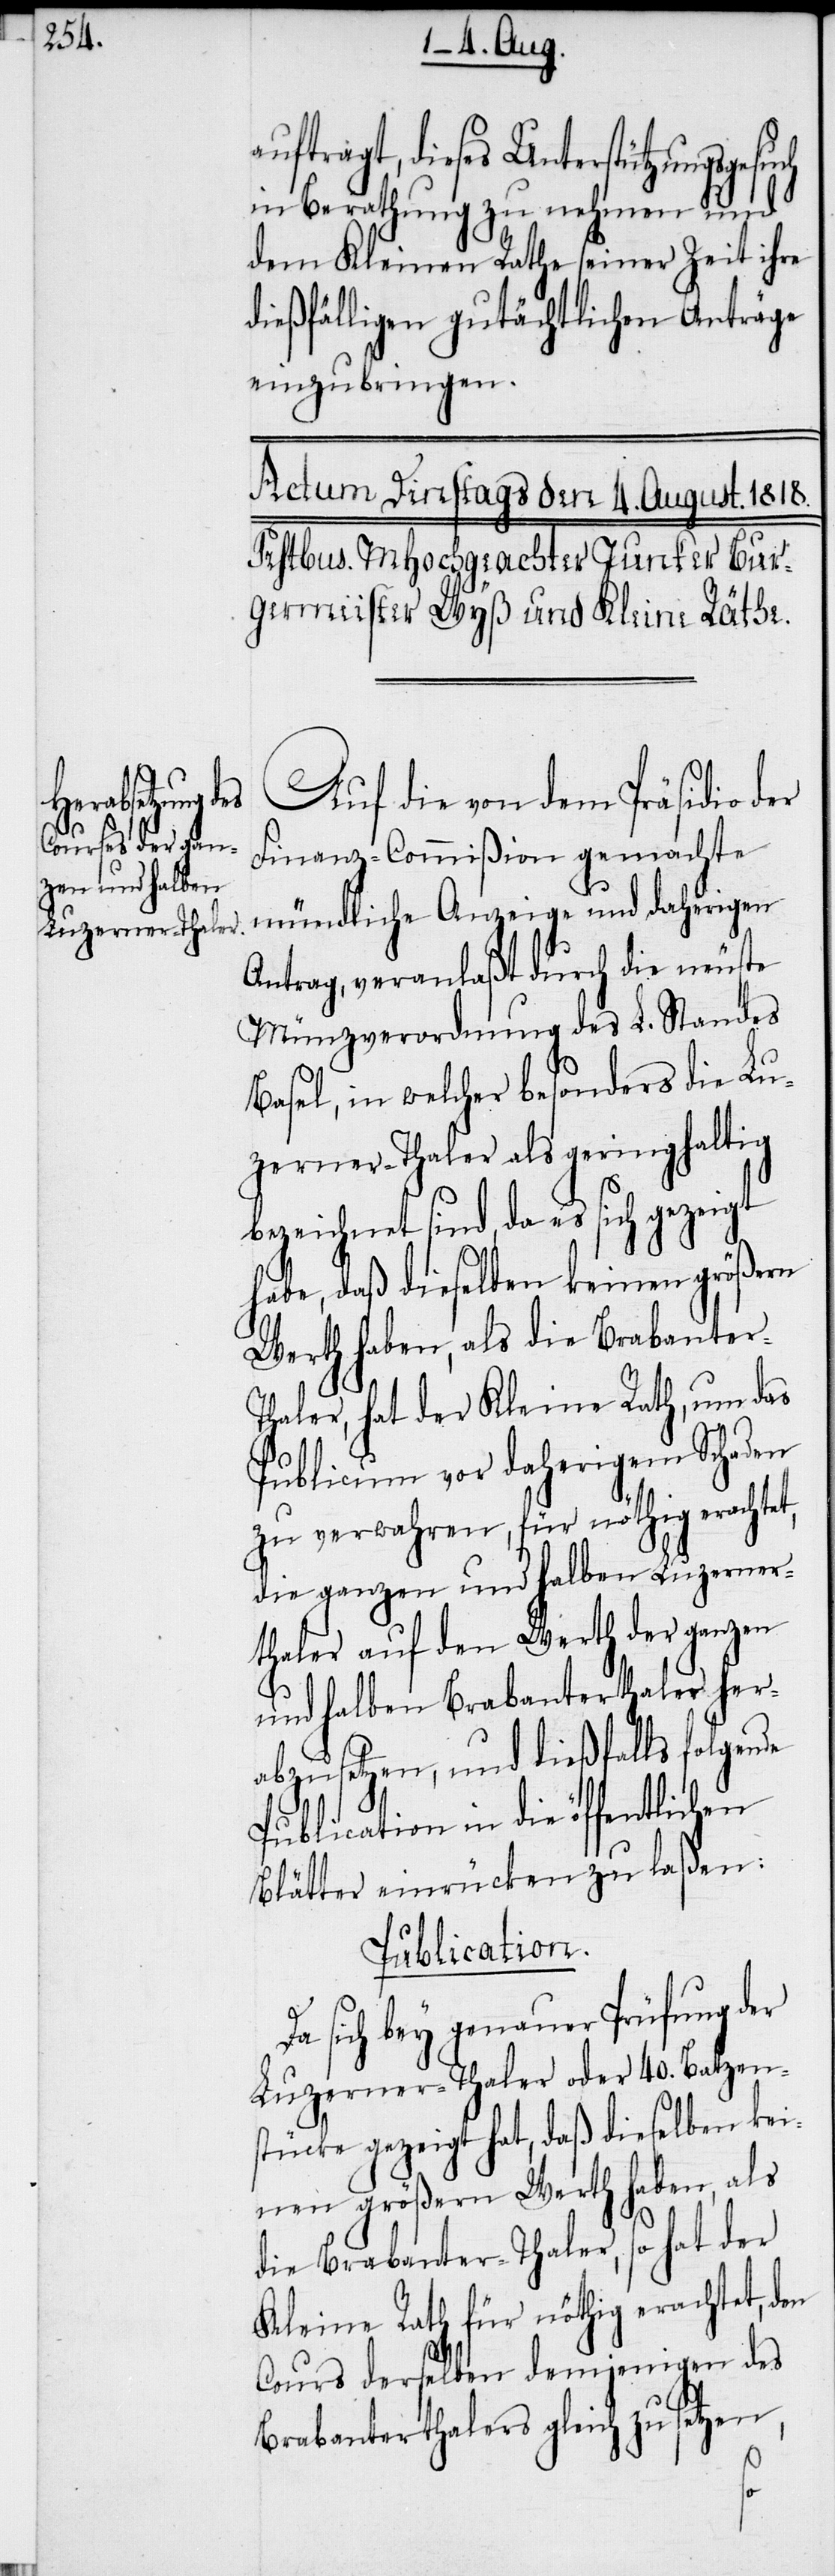
auftragt, dieses Unterstützungsg¬
in Berathung zu nehmen und
dem Kleinen Rathe seiner Zeit ihre
dießfälligen gutächtlichen Anträge
einzubringen.
Auf die von dem Präsidio der
esuch
Finanz-Commißion gemachte
Antrag, veranlaßt durch die neuste
Münzverordnung des L. Standes
Basel, in welcher besonders die Lu¬
zerner-Thaler als geringhaltig
bezeichnet sind, da es sich gezeigt
habe, daß dieselben keinen größern
Werth haben, als die Brabanter-T¬
haler, hat der Kleine Rath, um das
Publicum vor daherigem Schaden
zu verwahren, für nöthig erachtet,
die ganzen und halben Luzerner¬
thaler auf den Werth der ganzen
und halben Brabanterthaler her¬
abzusetzen, und dießfalls folgende
Publication in die öffentlichen
Blätter einrücken zu laßen:
Publication.
Da sich bey genauer Prüfung der
Luzerner-Thaler oder 40. Batzen¬
stücke gezeigt hat, daß dieselben kei¬
nen größern Werth haben, als
die Brabanter-Thaler, so hat der
Kleine Rath für nöthig erachtet, den
Cours derselben demjenigen des
Brabanterthalers gleich zu setzen,